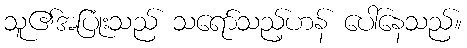
သူ၏အပြုံးသည် သရော်သည့်ဟန် ပေါ်နေသည်။